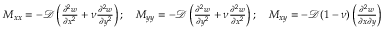
\begin{array} { r } { M _ { x x } = - \mathscr { D } \left( \frac { \partial ^ { 2 } w } { \partial x ^ { 2 } } + \nu \frac { \partial ^ { 2 } w } { \partial y ^ { 2 } } \right) ; \quad M _ { y y } = - \mathscr { D } \left( \frac { \partial ^ { 2 } w } { \partial y ^ { 2 } } + \nu \frac { \partial ^ { 2 } w } { \partial x ^ { 2 } } \right) ; \quad { M } _ { x y } = - \mathscr { D } ( 1 - \nu ) \left( \frac { \partial ^ { 2 } w } { \partial x \partial y } \right) } \end{array}